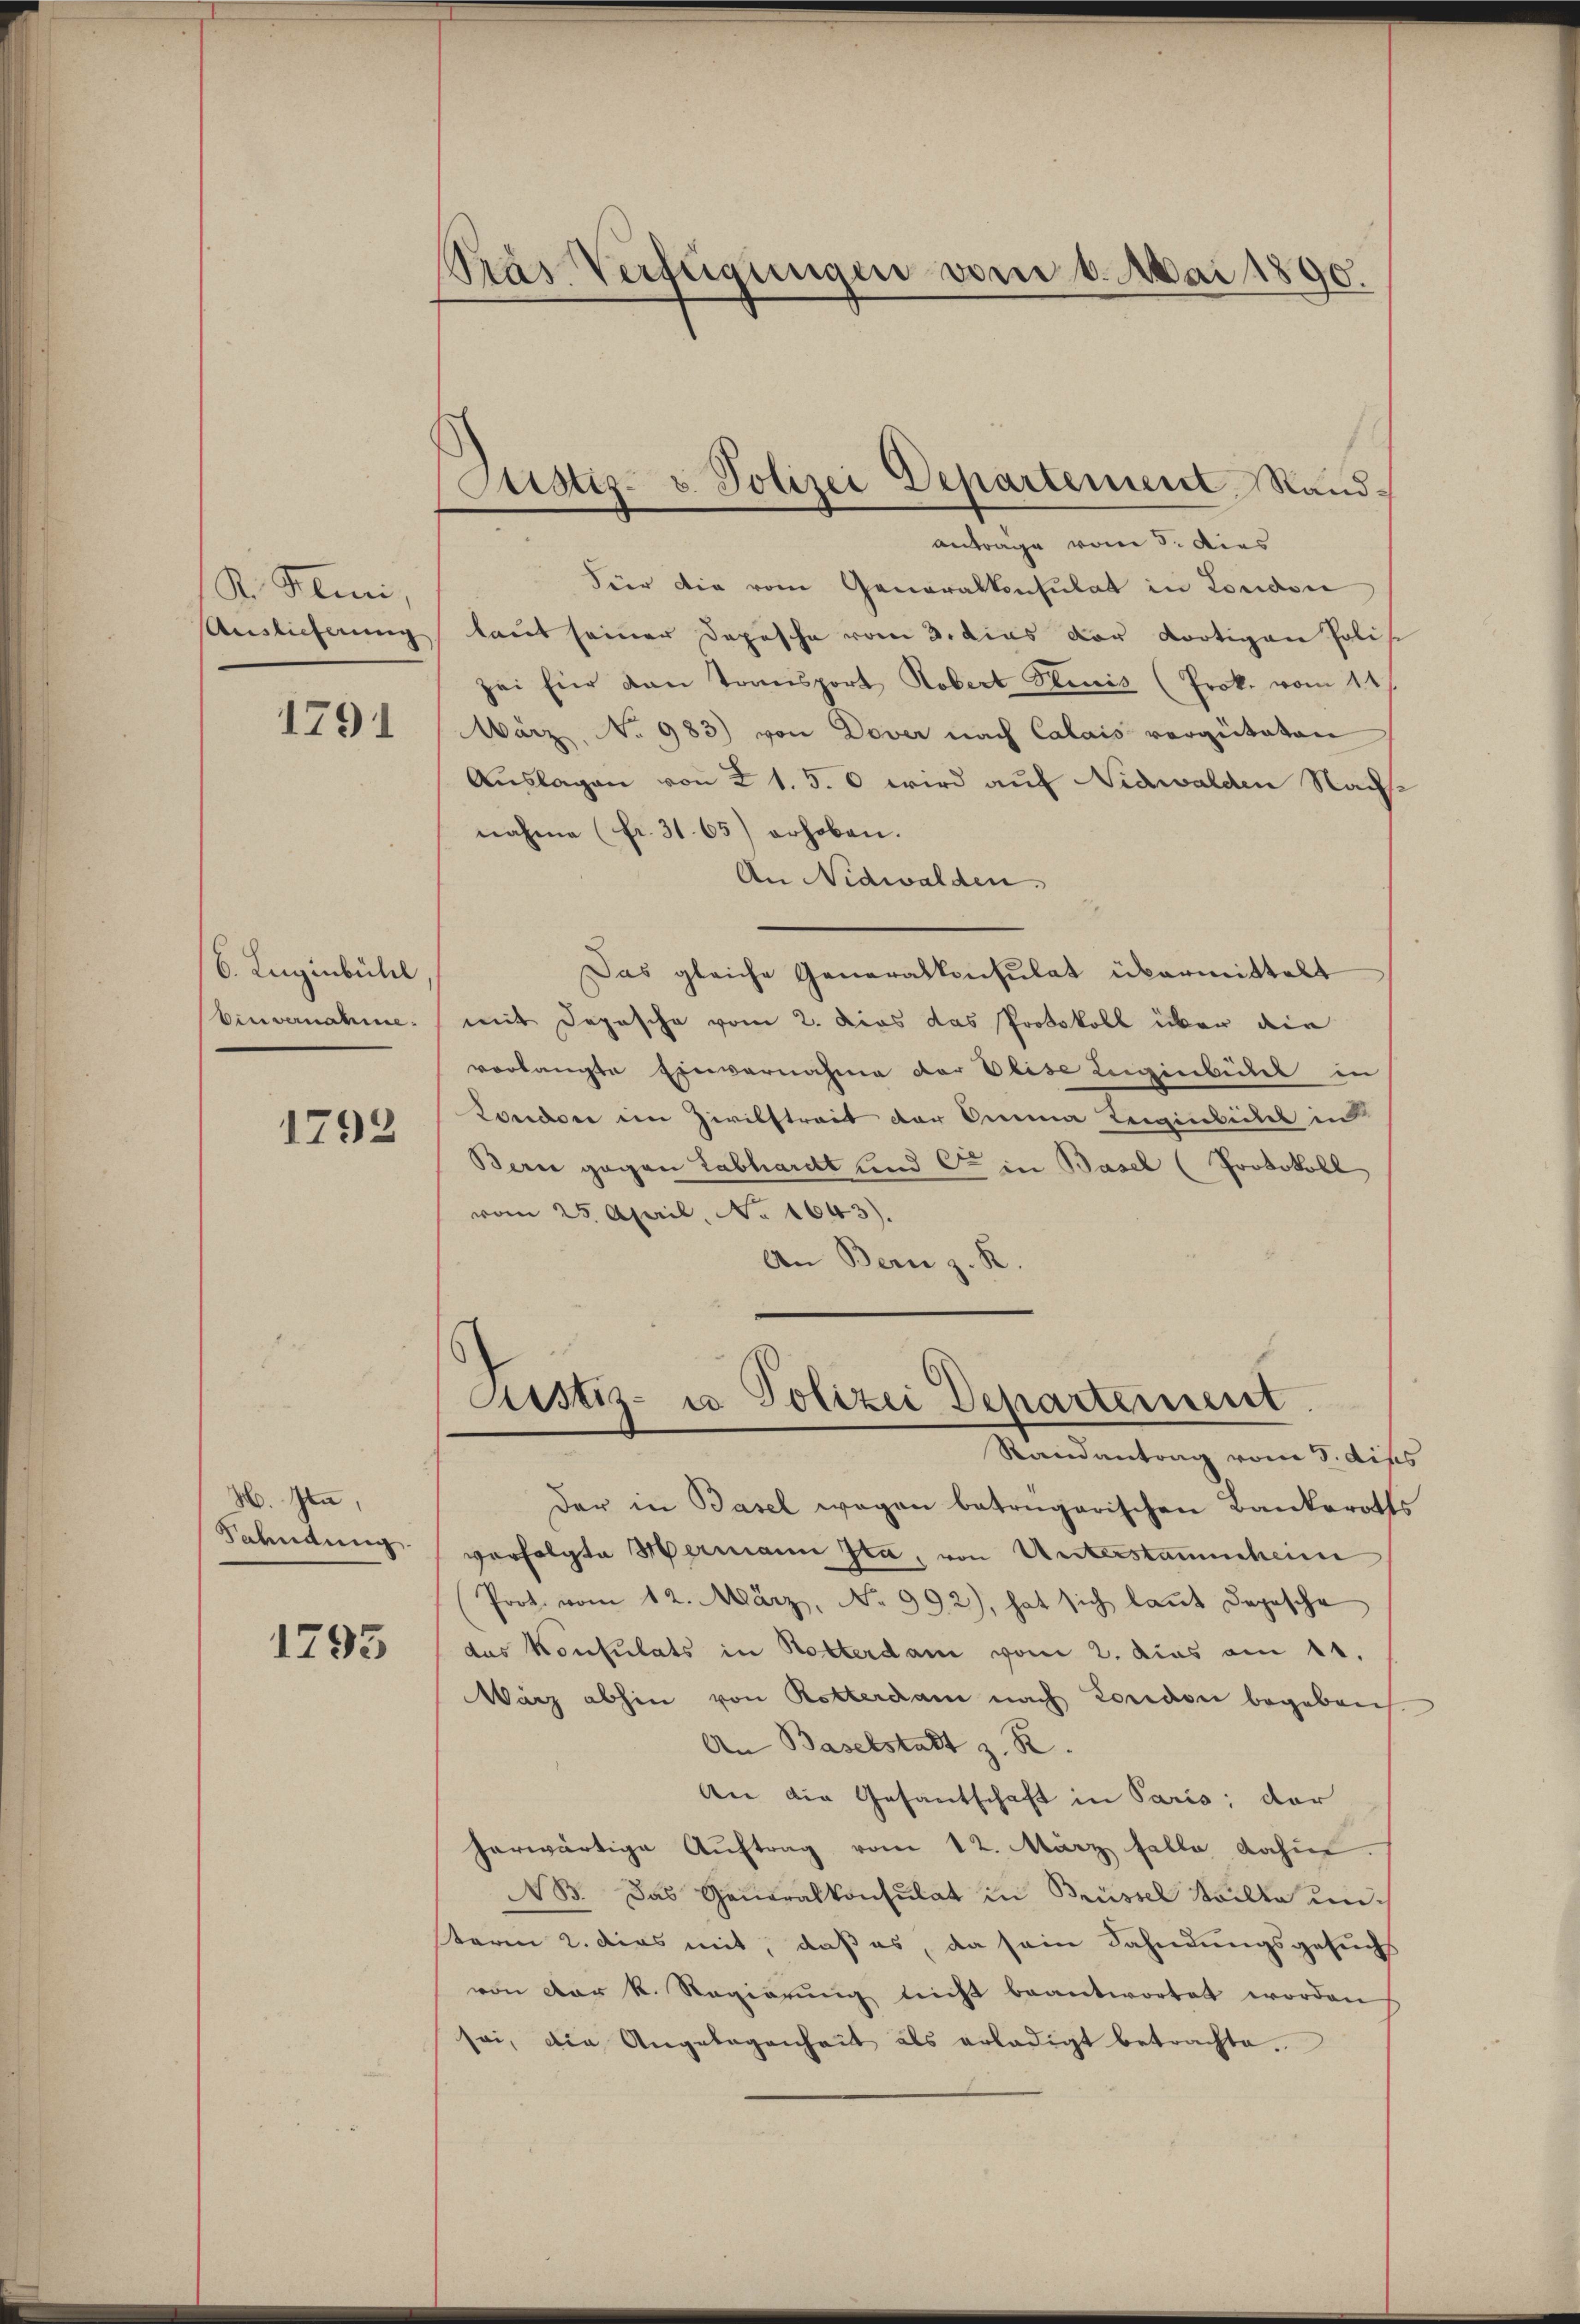
K. Mini,
Auslieferung

1791

6. Luginbühl
Eine vernahme

1793

H. Jenn,
Fahndung.

1793

Pras Verfügungen vom 6. Mai 1890.

Stistiz- u. Polizei Departement Rand¬

antrage vom 5. dies
Für die vom Generalkonsulat in London
laut seiner Depesche vom 3. dies der dortigen Poli
sei hier van Transport Robert Plinis (Prok. vom 14t
Wärz, No 983) von Dover nach Calais vorgetaten
Auslagen von 21. 5. 6 wird auf Nidwalden Nach
nahme (fr. 31. 65) erhoben.
An Nidwalden.
Das gleiche Generalkonsulat übermittelt
mit Depesche vom 2. Dies das Protokoll über die
vorlangte Einvernahme der Elise Legenbeitet in
London im Zivilstreit der Anna Leiginbeitel in
Bern gegen Labhardt und Cie in Basel (Protokoll
vom 25. April, No 1643).
An Bern z. R.
Justiz- u Polizei Departement
Randantrag vom 5. die
Der in Basel wegen betrügerischen Bankeroth
verfolgte Hermann Ita, von Unterstammheim
Prot. vom 12. März, No 992), hat sich laut Depesche
das Konsulats in Rotterdam vom 2. dies am 11.
Warz abhin von Rotterdam nach London begeben
An Baselstatt z. B.
An die Gesantschaft in Paris; der
herwärtige Auftrag vom 12. März falle dahin
NB. Das Generalkonsulat in Brüssel Saille unsterm 2. dies mit, daß es, da sein Sahndungsgesuchs
von der k. Regierŭng nicht beantwortet worden
sei, die Angelagenheit als erledigt betrachte.